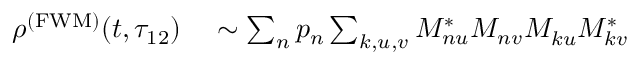
\begin{array} { r l } { \rho ^ { \mathrm { ( F W M ) } } ( t , \tau _ { 1 2 } ) } & { { } \sim \sum _ { n } p _ { n } \sum _ { k , u , v } M _ { n u } ^ { * } M _ { n v } ^ { } M _ { k u } ^ { } M _ { k v } ^ { * } } \end{array}